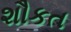
શૌકત